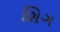
શિગ